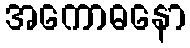
အကောဓနော